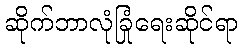
ဆိုက်ဘာလုံခြုံရေးဆိုင်ရာ